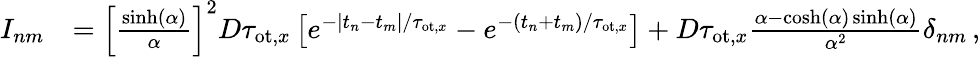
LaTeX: \begin{array}{rl}{I_{nm}}&{=\left[\frac{\sinh(\alpha)}{\alpha}\right]^{2}D\tau_{\mathrm{ot},x}\left[e^{-|t_{n}-t_{m}|/\tau_{\mathrm{ot},x}}-e^{-(t_{n}+t_{m})/\tau_{\mathrm{ot},x}}\right]+D\tau_{\mathrm{ot},x}\frac{\alpha-\cosh(\alpha)\sinh(\alpha)}{\alpha^{2}}\delta_{nm}\, ,}\end{array}